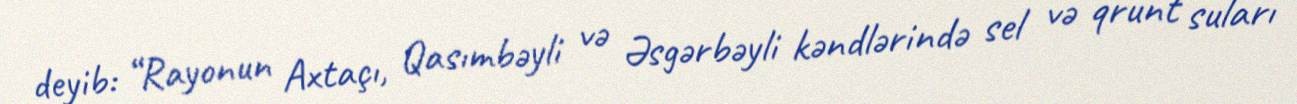
deyib: “Rayonun Axtaçı, Qasımbəyli və Əsgərbəyli kəndlərində sel və qrunt suları